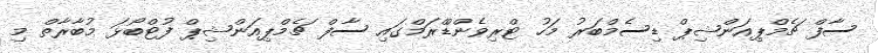
ސާފް ޗެމްޕިއަންޝިޕް ޑިސެމްބަރު މަހު ޓްރިވެންޑްްރަމްގައި ސާފް ޗެމްޕިއަންޝިޕް ފުޓްބޯޅަ މުބާރާތް މި